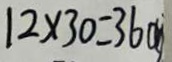
1 2 \times 3 0 = 3 6 0